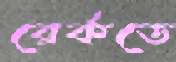
রের্কডে